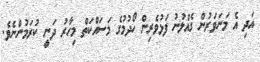
އަދި އެ މަނަވަރުން ގެއްލުނު ފަޅުވެރިން ހޯދުމުގެ މަސައްކަތް މިހާރު ދަނީ ކުރަމުންނެވެ.